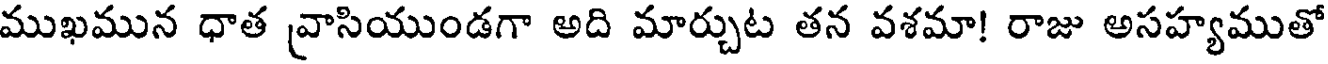
ముఖమున ధాత వ్రాసియుండగా అది మార్చుట తన వశమా! రాజు అసహ్యముతో